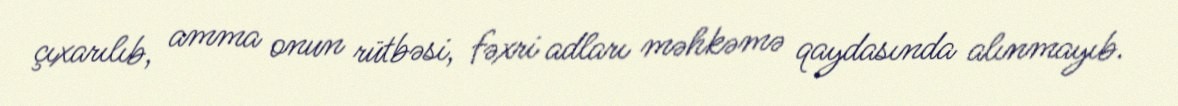
çıxarılıb, amma onun rütbəsi, fəxri adları məhkəmə qaydasında alınmayıb.